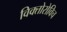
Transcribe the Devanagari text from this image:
विक्तोरोविच